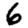
Digit: 6